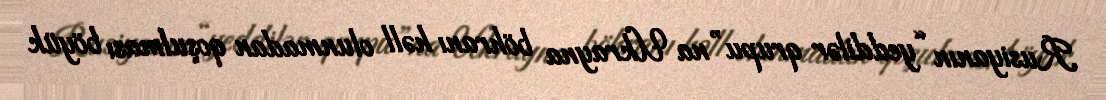
Rusiyanın “yeddilər qrupu”na Ukrayna böhranı həll olunmadan qoşulması böyük